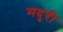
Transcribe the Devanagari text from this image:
मदुरी